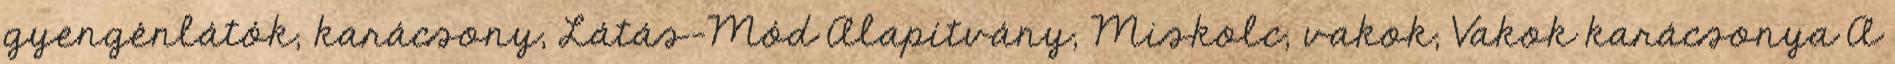
gyengénlátók, karácsony, Látás-Mód Alapítvány, Miskolc, vakok, Vakok karácsonya A